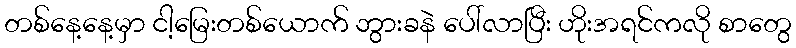
တစ်နေ့နေ့မှာ ငါ့မြေးတစ်ယောက် ဘွားခနဲ ပေါ်လာပြီး ဟိုးအရင်ကလို စာတွေ